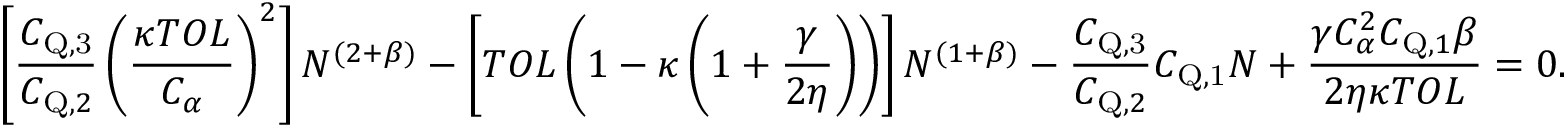
\left[ \frac { C _ { \mathrm { { Q } , 3 } } } { C _ { \mathrm { Q } , 2 } } \left( \frac { \kappa T O L } { C _ { \alpha } } \right) ^ { 2 } \right] N ^ { ( 2 + \beta ) } - \left[ T O L \left( 1 - \kappa \left( 1 + \frac { \gamma } { 2 \eta } \right) \right) \right] N ^ { ( 1 + \beta ) } - \frac { C _ { \mathrm { { Q } , 3 } } } { C _ { \mathrm { Q } , 2 } } C _ { \mathrm { { Q } , 1 } } N + \frac { \gamma C _ { \alpha } ^ { 2 } C _ { \mathrm { Q } , 1 } \beta } { 2 \eta \kappa T O L } = 0 .